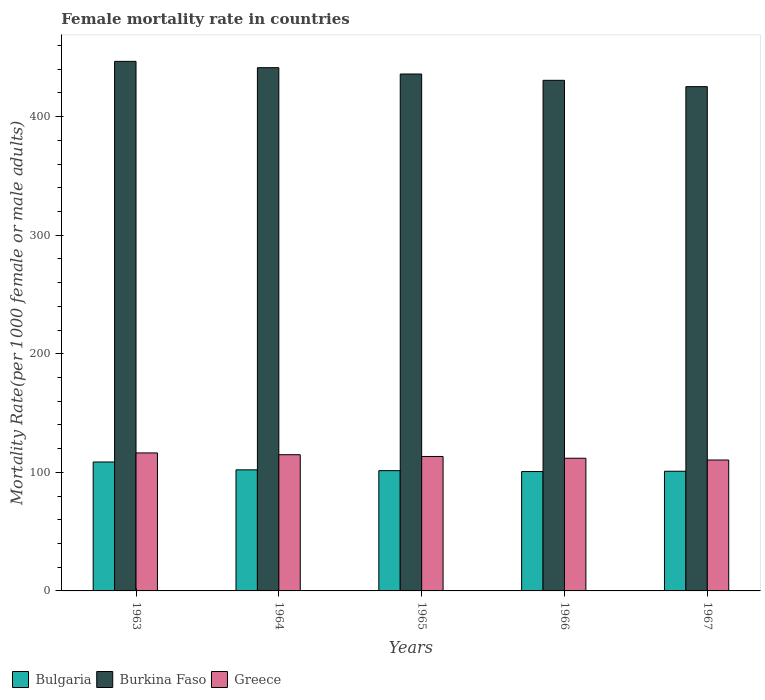
| Years | Bulgaria | Burkina Faso | Greece |
 | --- | --- | --- | --- |
 | 1963 | 109 | 447 | 116 |
 | 1964 | 102 | 441 | 115 |
 | 1965 | 101 | 436 | 113 |
 | 1966 | 101 | 431 | 112 |
 | 1967 | 101 | 425 | 110 |